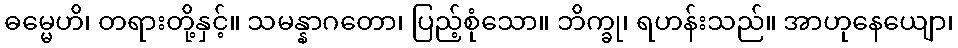
ဓမ္မေဟိ၊ တရားတို့နှင့်။ သမန္နာဂတော၊ ပြည့်စုံသော။ ဘိက္ခု၊ ရဟန်းသည်။ အာဟုနေယျော၊